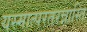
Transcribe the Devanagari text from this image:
यस्मात्परतरन्नास्ति